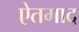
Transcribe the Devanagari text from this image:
ऐतमाद